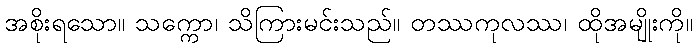
အစိုးရသော။ သက္ကော၊ သိကြားမင်းသည်။ တဿကုလဿ၊ ထိုအမျိုးကို။